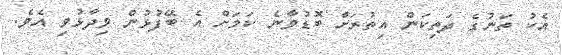
އެކު ތަނުގެ ދަތިކަން އިތުރަށް ބޮޑުވާނެ ކަމަށް އެ ބޭފުޅުން ވިދާޅުވި އެވެ.